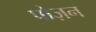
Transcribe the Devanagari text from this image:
पोज़न